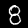
Label: 8